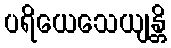
ပရိယေသေယျန္တိ